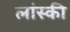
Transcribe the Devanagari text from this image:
लांस्की